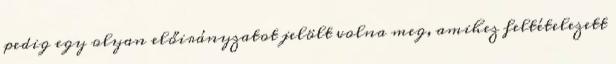
pedig egy olyan előirányzatot jelölt volna meg, amihez feltételezett